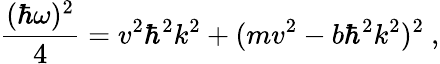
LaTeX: \frac{(\hbar\omega)^{2}}{4}=v^{2}\hbar^{2}k^{2}+(mv^{2}-b\hbar^{2}k^{2})^{2}\ ,